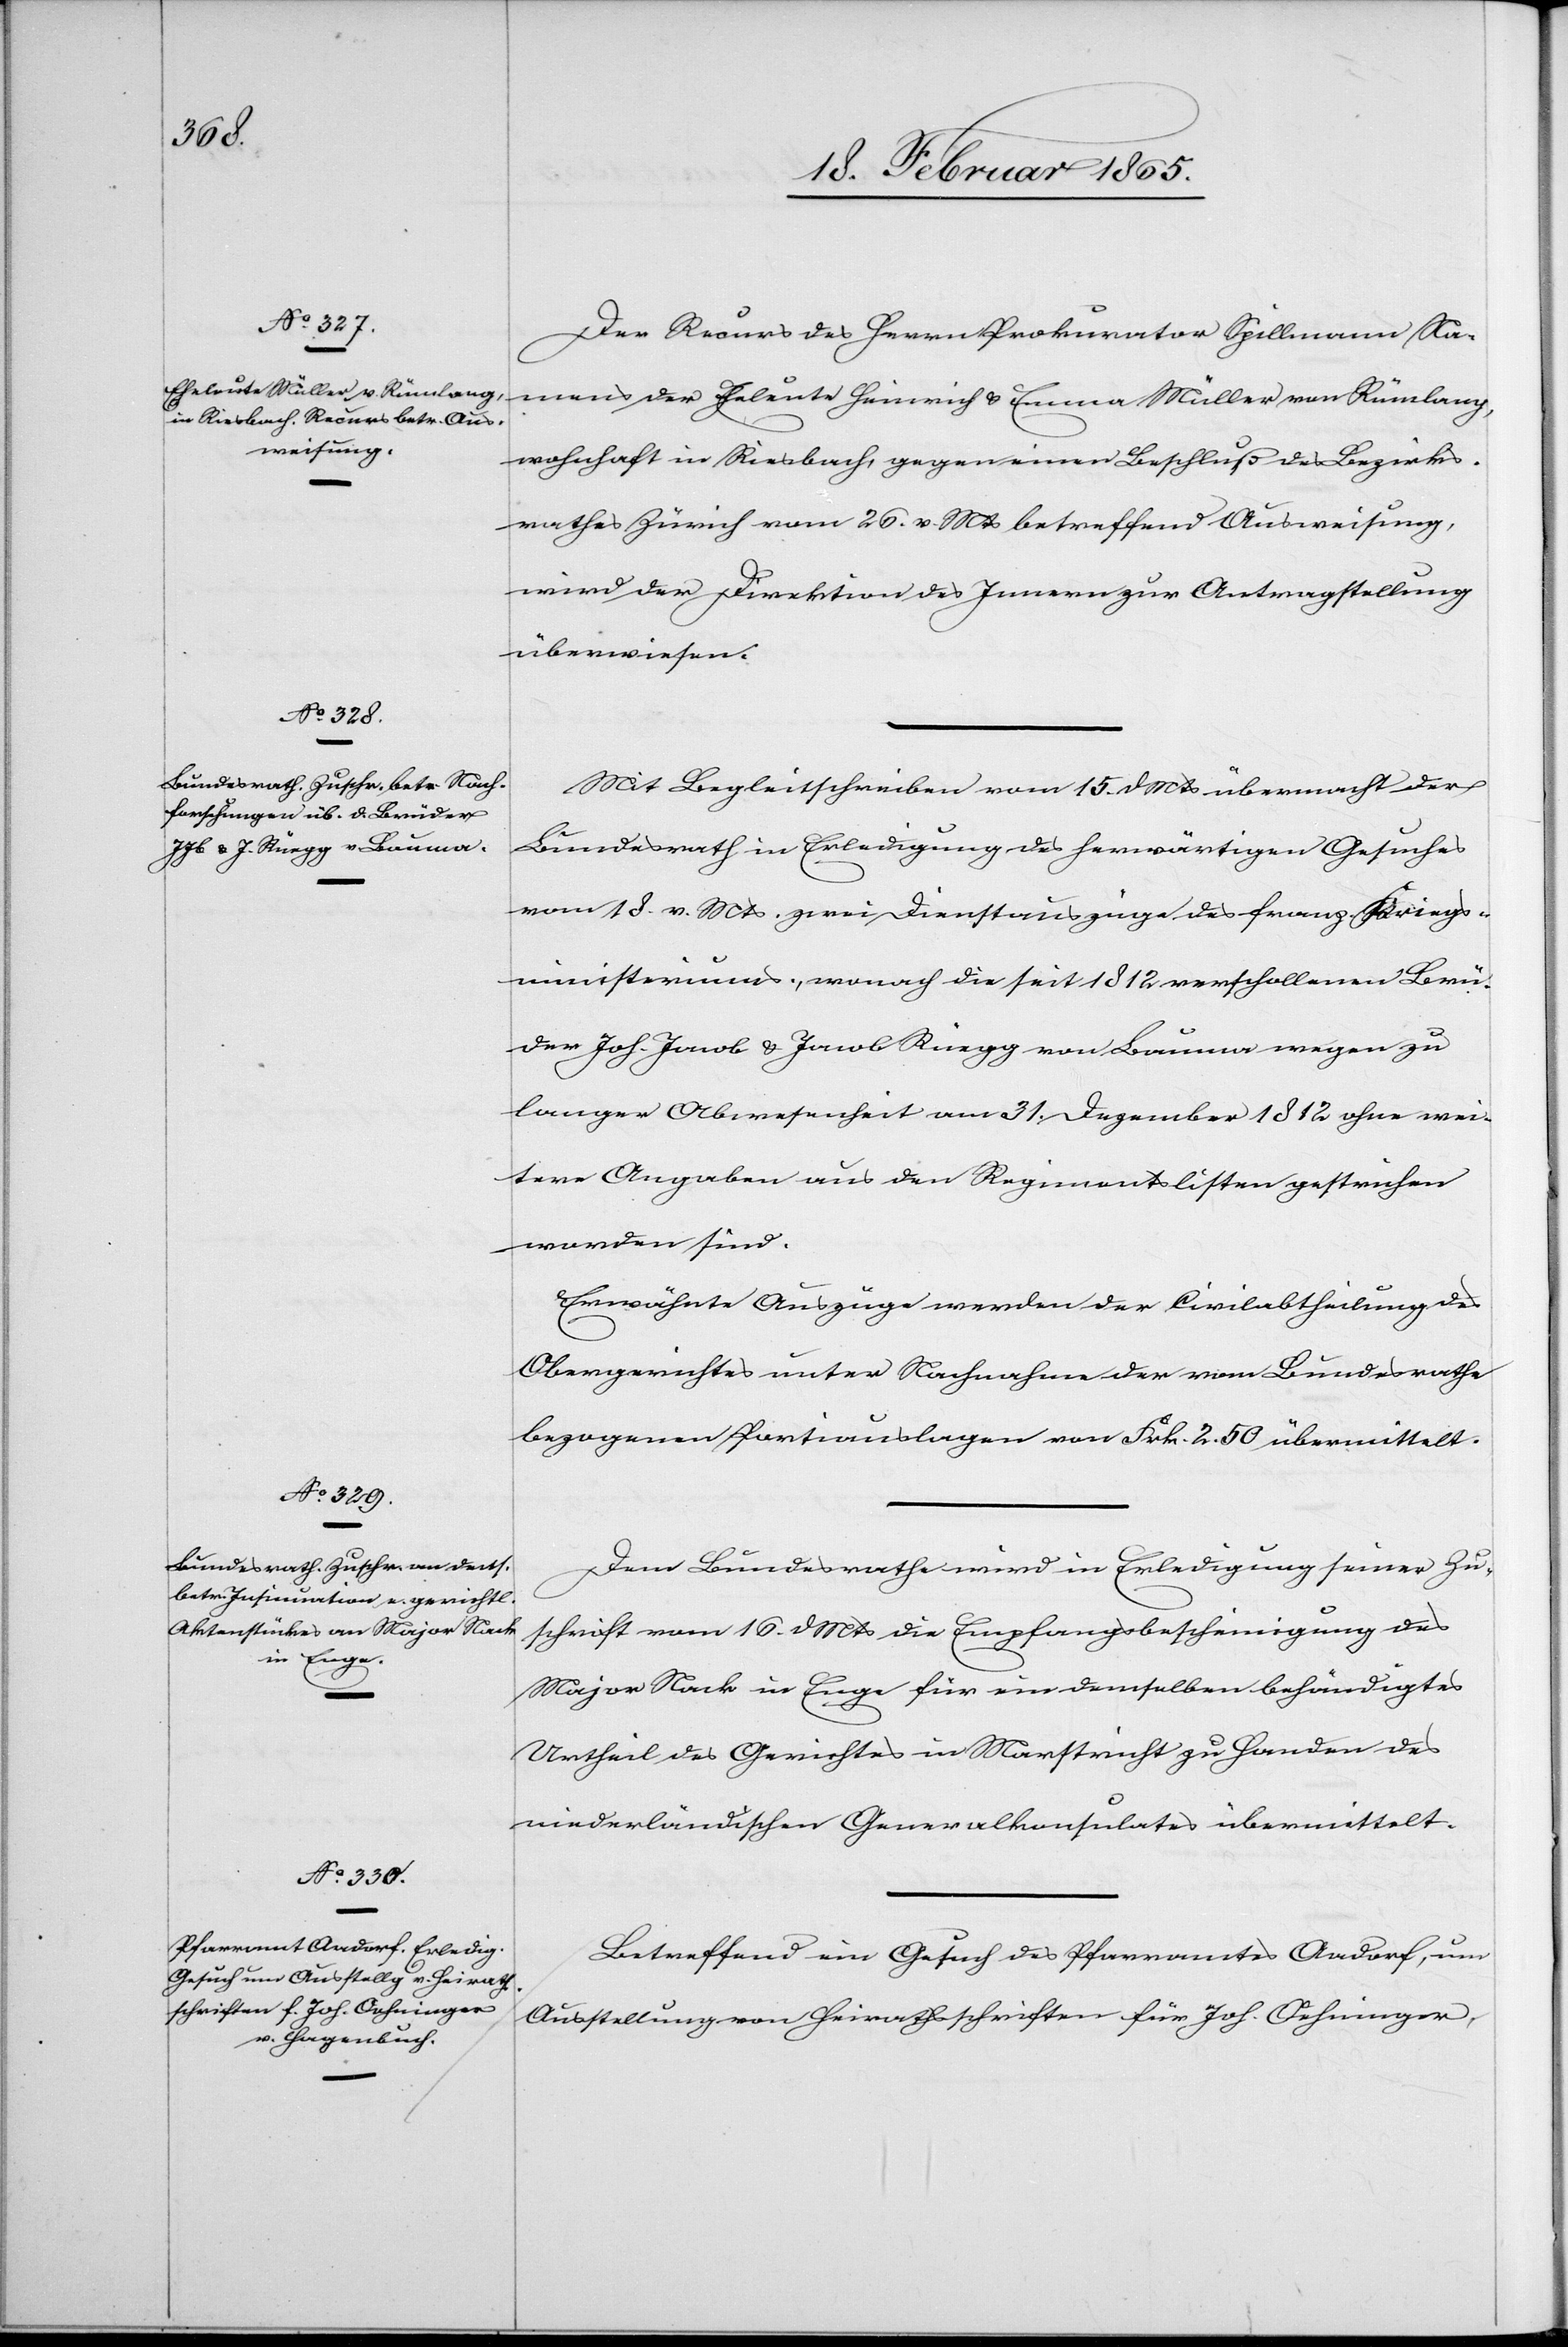
18. Februar 1865.]
Der Recurs des Herrn Prokurator Spillmann Na¬
mens der Eheleute Heinrich u. Emma Müller von Rümlang,
wohnhaft in Riesbach, gegen einen Beschluß des Bezirks¬
rathes Zürich vom 26. v. Mts betreffend Ausweisung,
wird der Direktion des Innern zur Antragstellung
überwiesen.
Mit Begleitschreiben vom 15. d Mts übermacht der
Bundesrath in Erledigung des herwärtigen Gesuches
vom 18. v. Mts. zwei Dienstauszüge des franz. Kriegs¬
ministeriums, wonach die seit 1812 verschollenen Brü¬
der Joh. Jacob u. Jacob Rüegg von Bauma wegen zu
langer Abwesenheit am 31. Dezember 1812 ohne wei¬
tere Angaben aus den Regimentslisten gestrichen
worden sind.
Erwähnte Auszüge werden der Civilabtheilung des
Obergerichtes unter Nachnahme der vom Bundesrathe
bezogenen Portiauslagen von Frk. 2. 50 übermittelt.
Dem Bundesrathe wird in Erledigung seiner Zu¬
schrift vom 16. d Mts die Empfangsbescheinigung des
Major Nack in Enge für ein demselben behändigtes
Urtheil des Gerichtes in Marstricht zu Handen des
niederländischen Generalkonsulates übermittelt.
Betreffend ein Gesuch des Pfarramtes Aadorf, um
Ausstellung von Heirathsschriften für Joh. Oehninger,